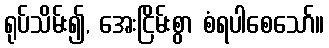
ရုပ်သိမ်း၍, အေးငြိမ်းစွာ စံရပါစေသော်။